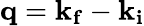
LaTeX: \mathbf{q}=\mathbf{k}_{\mathbf{f}}-\mathbf{k}_{\mathbf{i}}